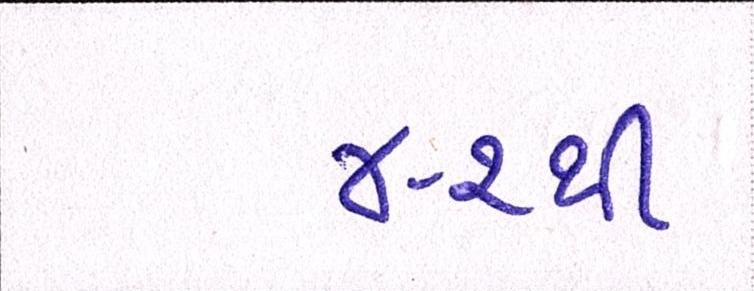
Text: ૪-૨થી